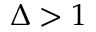
\Delta > 1